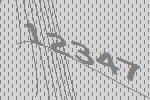
12347